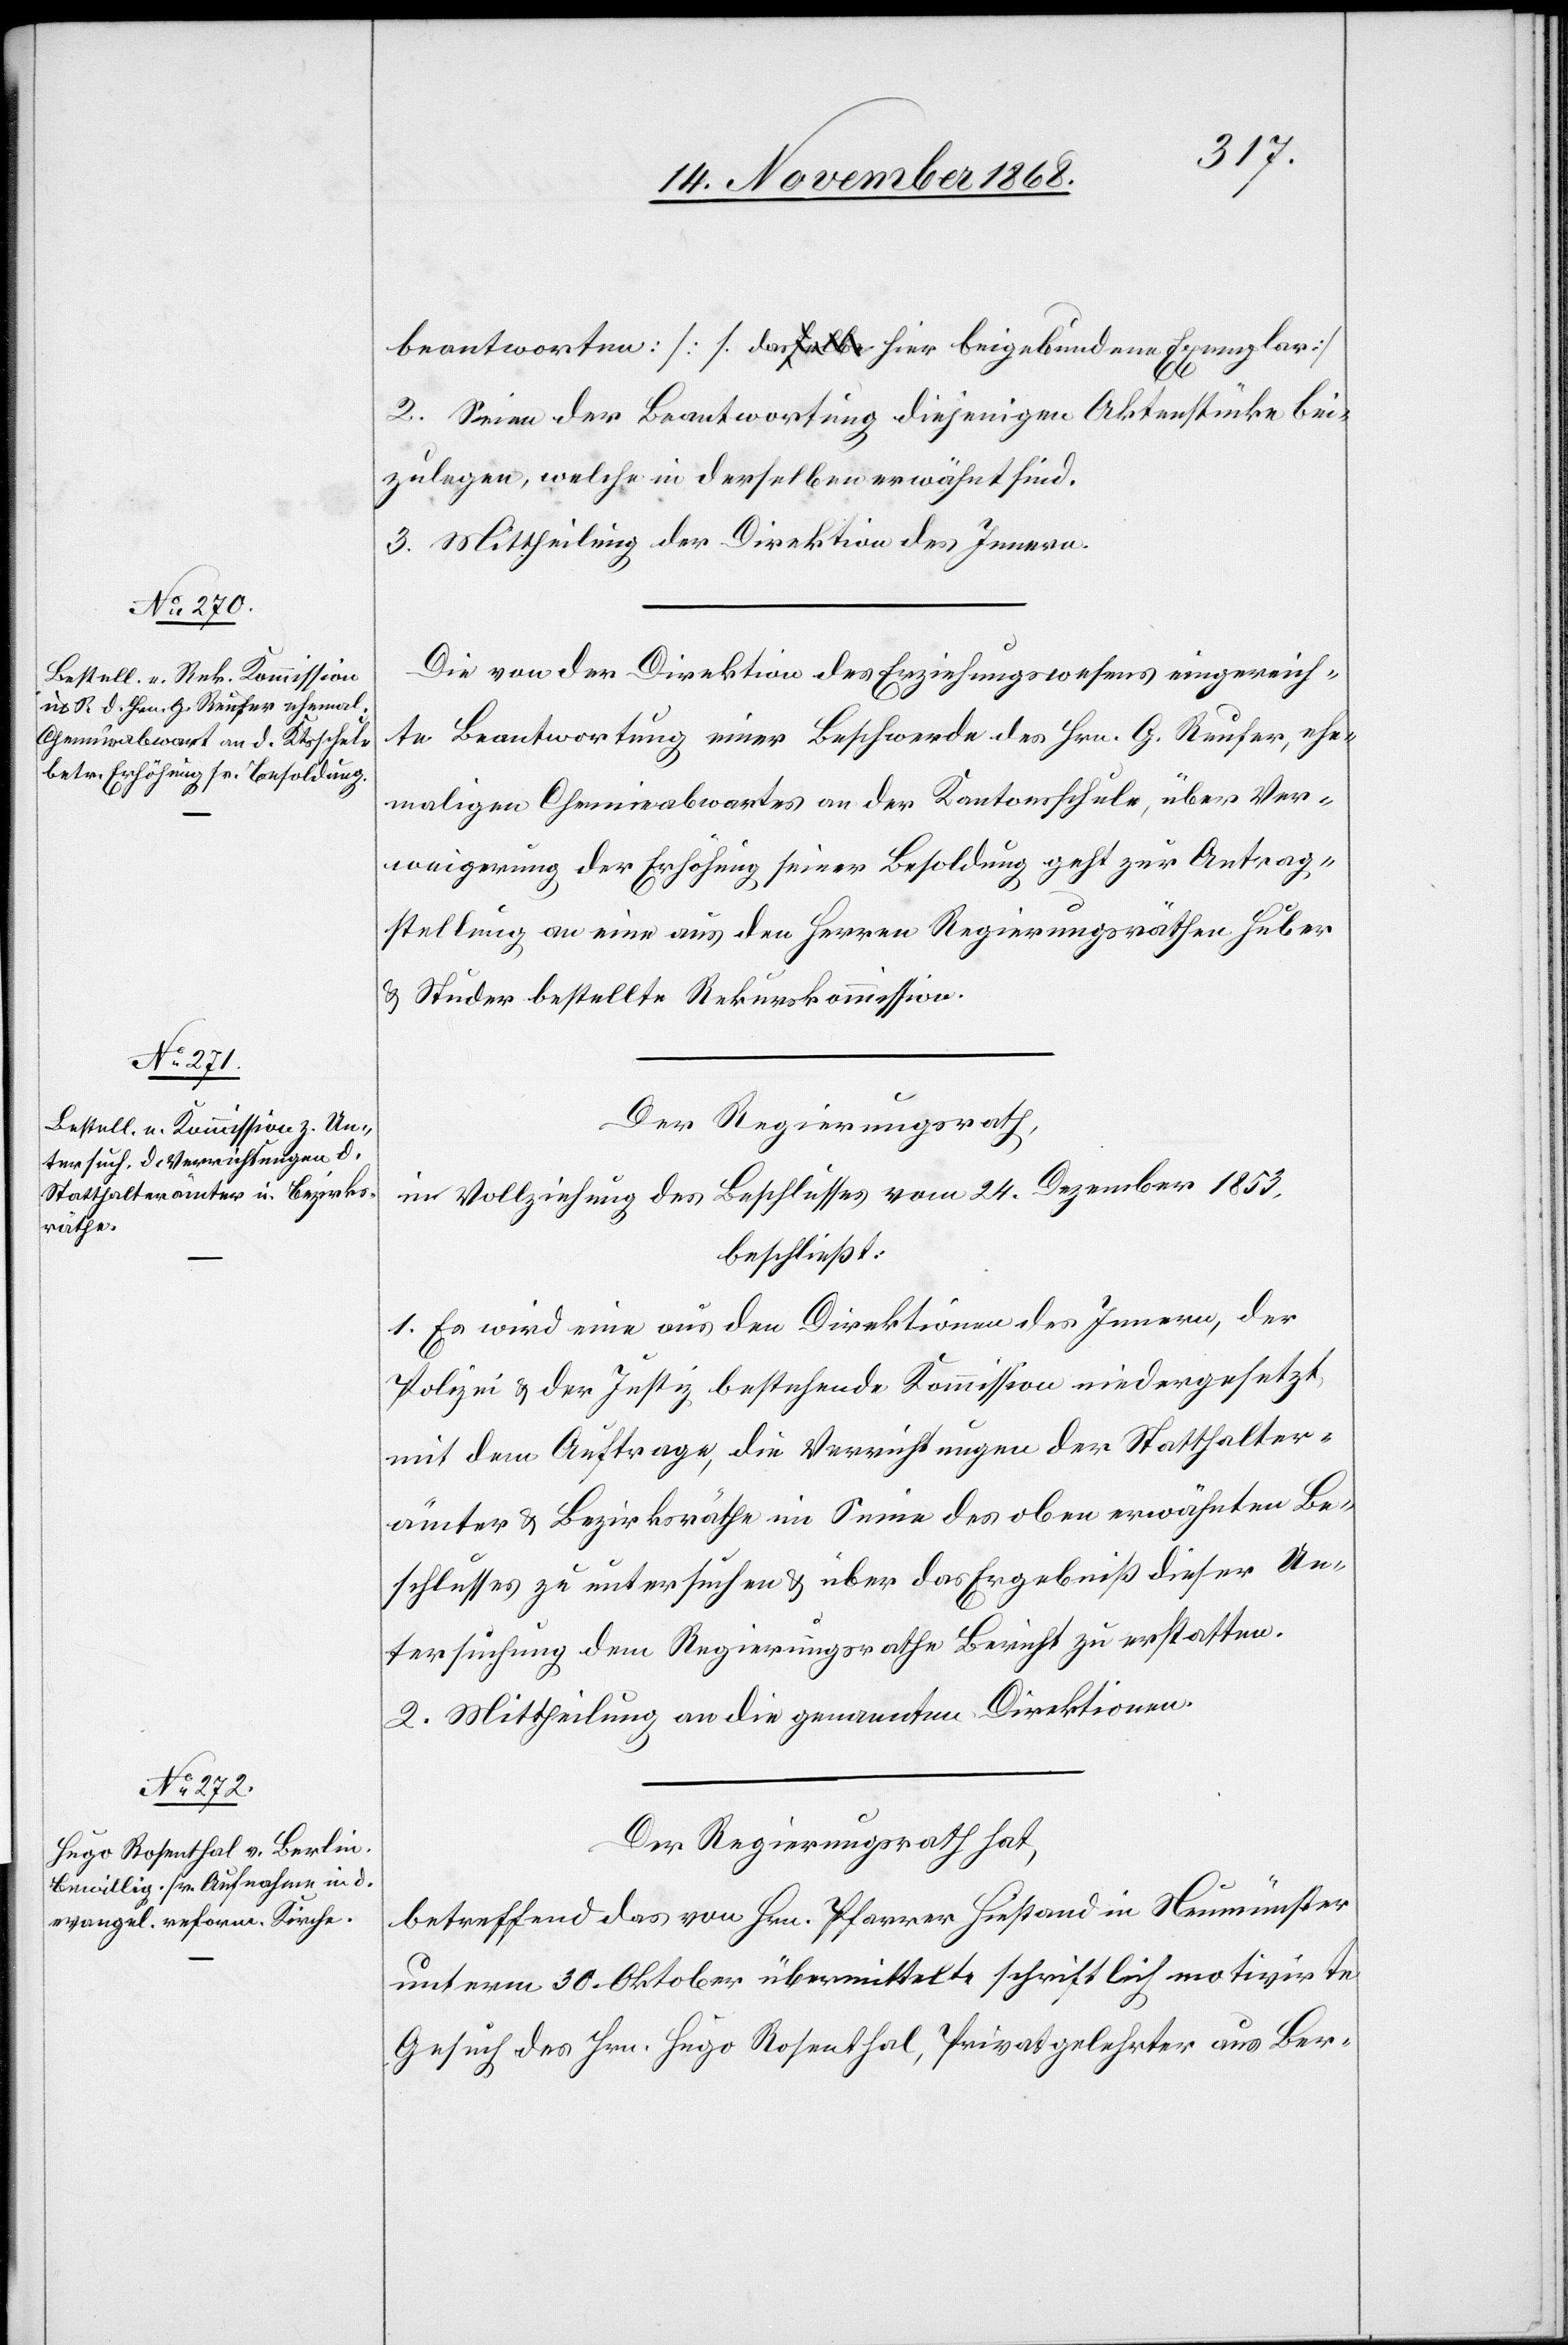
beantworten [dasa-selbe-a hier beigebundene Exemplar]
2. Seien der Beantwortung diejenigen Aktenstücke bei¬
zulegen, welche in derselben erwähnt sind.
3. Mittheilung der Direktion des Innern.
Die von der Direktion des Erziehungswesens eingereich¬
te Beantwortung einer Beschwerde des Hrn. G. Reufer, ehe¬
maligen Chemieabwartes an der Kantonsschule, über Ver¬
weigerung der Erhöhung seiner Besoldung geht zur Antrag¬
stellung an eine aus den Herren Regierungsräthen Huber
& Studer bestellte Rekurskommission.
Der Regierungsrath,
in Vollziehung des Beschlusses vom 24. Dezember 1853,
beschließt:
1. Es wird eine aus den Direktionen des Innern, der
Polizei & der Justiz bestehende Kommission niedergesetzt,
mit dem Auftrage, die Verrichtungen der Statthalter¬
ämter & Bezirksräthe im Sinne des oben erwähnten Be¬
schlusses zu untersuchen & über das Ergebniß dieser Un¬
tersuchung dem Regierungsrathe Bericht zu erstatten.
2. Mittheilung an die genannten Direktionen.
Der Regierungsrath hat,
betreffend das von Hrn. Pfarrer Hiestand in Neumünster
unterm 30. Oktober übermittelte schriftlich motivirte
Gesuch des Hrn. Hugo Rosenthal, Privatgelehrter aus Ber-